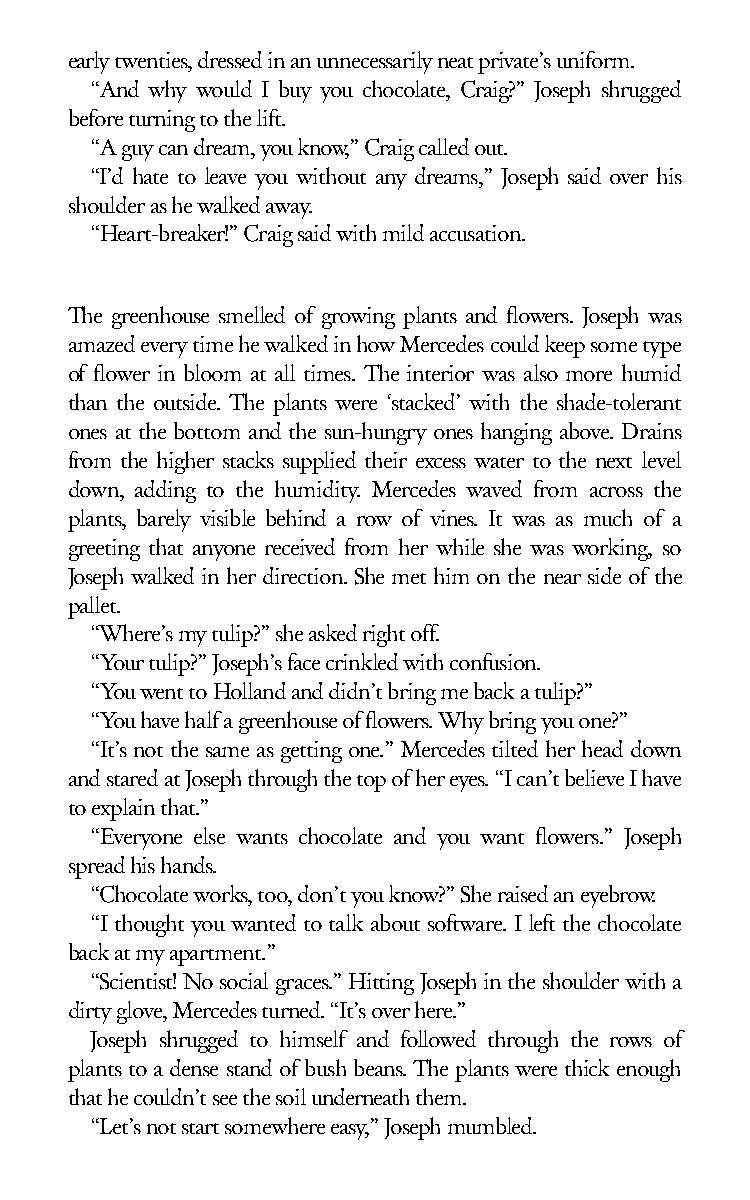
early twenties, dressed in an unnecessarily neat private’s uniform.
 “And why would I buy you chocolate, Craig?” Joseph shrugged
 before turning to the lift.
 “A guy can dream, you know,” Craig called out.
 “I’d hate to leave you without any dreams,” Joseph said over his
 shoulder as he walked away.
 “Heart-breaker!” Craig said with mild accusation.
 The greenhouse smelled of growing plants and flowers. Joseph was
 amazed every time he walked in how Mercedes could keep some type
 of flower in bloom at all times. The interior was also more humid
 than the outside. The plants were ‘stacked’ with the shade-tolerant
 ones at the bottom and the sun-hungry ones hanging above. Drains
 from the higher stacks supplied their excess water to the next level
 down, adding to the humidity. Mercedes waved from across the
 plants, barely visible behind a row of vines. It was as much of a
 greeting that anyone received from her while she was working, so
 Joseph walked in her direction. She met him on the near side of the
 pallet.
 “Where’s my tulip?” she asked right off.
 “Your tulip?” Joseph’s face crinkled with confusion.
 “You went to Holland and didn’t bring me back a tulip?”
 “You have half a greenhouse of flowers. Why bring you one?”
 “It’s not the same as getting one.” Mercedes tilted her head down
 and stared at Joseph through the top of her eyes. “I can’t believe I have
 to explain that.”
 “Everyone else wants chocolate and you want flowers.” Joseph
 spread his hands.
 “Chocolate works, too, don’t you know?” She raised an eyebrow.
 “I thought you wanted to talk about software. I left the chocolate
 back at my apartment.”
 “Scientist! No social graces.” Hitting Joseph in the shoulder with a
 dirty glove, Mercedes turned. “It’s over here.”
 Joseph shrugged to himself and followed through the rows of
 plants to a dense stand of bush beans. The plants were thick enough
 that he couldn’t see the soil underneath them.
 “Let’s not start somewhere easy,” Joseph mumbled.